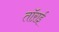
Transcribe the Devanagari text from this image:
तॉऱाई